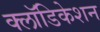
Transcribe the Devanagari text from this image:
क्लॉडिकेशन